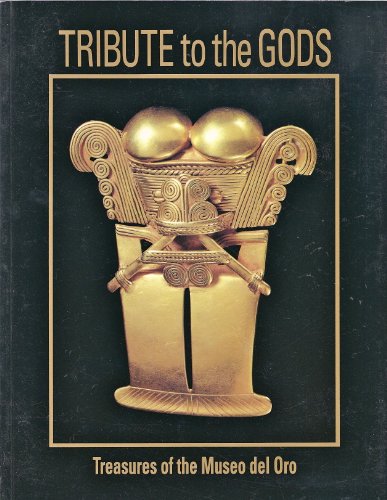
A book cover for Tribute to the Gods: Treasures of the Museo Del Oro; Travel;